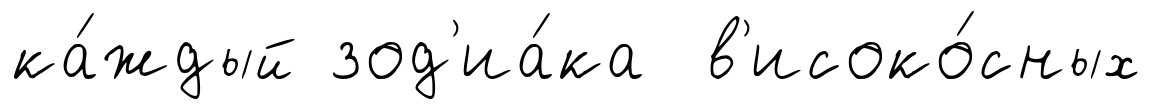
ка́ждый зод'иа́ка в'исоко́сных